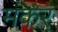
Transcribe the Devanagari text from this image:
मंकर